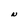
Character: N